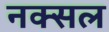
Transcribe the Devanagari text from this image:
नक्‍सल